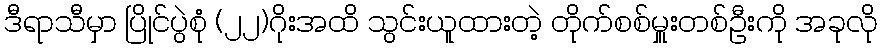
ဒီရာသီမှာ ပြိုင်ပွဲစုံ (၂၂)ဂိုးအထိ သွင်းယူထားတဲ့ တိုက်စစ်မှူးတစ်ဦးကို အခုလို